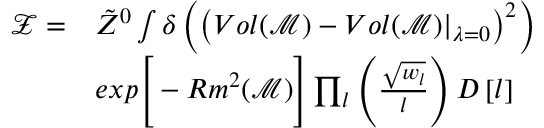
\begin{array} { r l } { \mathcal { Z } = } & { \tilde { Z } ^ { 0 } \int \delta \left( \left( V o l ( \mathcal { M } ) - V o l ( \mathcal { M } ) \vert _ { \lambda = 0 } \right) ^ { 2 } \right) } \\ & { e x p \Bigg [ - R m ^ { 2 } ( \mathcal { M } ) \Bigg ] \prod _ { l } \left( \frac { \sqrt { w _ { l } } } { l } \right) D \left[ l \right] } \end{array}